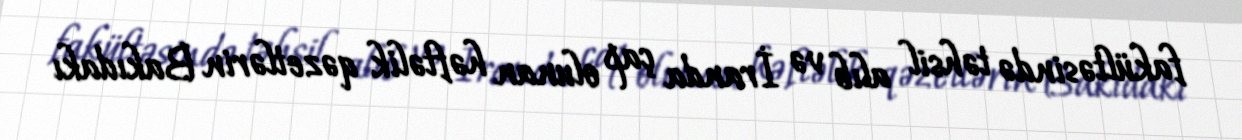
fakültəsində təhsil alıb və İranda çap olunan həftəlik qəzetlərin Bakıdakı